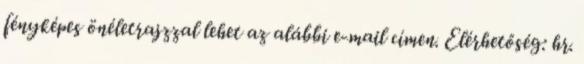
fényképes önéletrajzzal lehet az alábbi e-mail címen. Elérhetőség: hr.